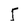
Character: 5